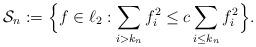
LaTeX: \begin{align*} \mathcal{S}_n := \Bigl\{f\in\ell_2: \sum_{i>k_n} f_i^2 \leq c\sum_{i \leq k_n}f_i^2\Bigr\}.\end{align*}